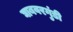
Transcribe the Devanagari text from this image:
घाबवरगुंडी